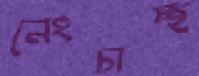
নেংচাচ্ছ